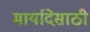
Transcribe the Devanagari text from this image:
मार्यादेसाठी